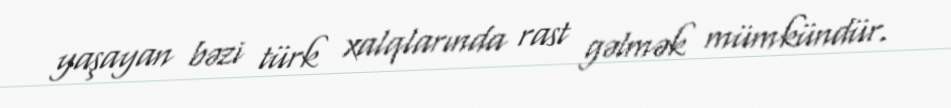
yaşayan bəzi türk xalqlarında rast gəlmək mümkündür.